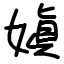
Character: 嫃